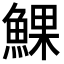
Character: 𩸄